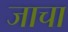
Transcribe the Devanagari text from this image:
जाचा